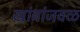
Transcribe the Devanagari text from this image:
खांबांजवळ